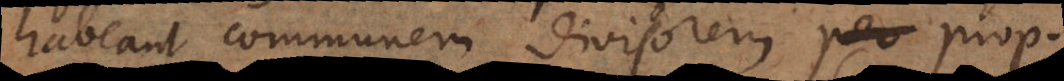
habeant communem divisorem, propositi